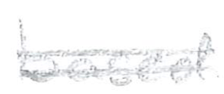
Text: based
Cross-out: double-line
Writing tool: pencil